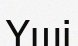
Үші